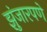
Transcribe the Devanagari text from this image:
झुंजारपणे